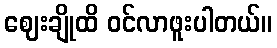
ဈေးချိုထိ ဝင်လာဖူးပါတယ်။